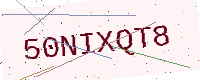
Text: 50NIXQT8